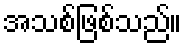
အသစ်ဖြစ်သည်။